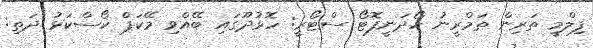
ފިލްމީ ތަރިން ތަމްރީނު ހޯދަނީފޮޓޯ ސްޓޯރީ: ހޮޅުދޫގައި ބޭއްވި މޭކަޕް ކޯސްކަޅު ދަތި: